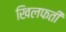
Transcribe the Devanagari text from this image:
खिलफती